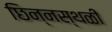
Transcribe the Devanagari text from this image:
छिन्नस्थळी